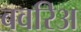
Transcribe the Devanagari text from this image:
बवरिअ